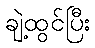
ချဲ့ထွင်ပြီး